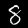
Digit: 8